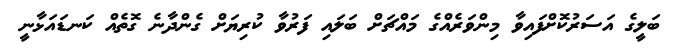
ބަލީގެ އަސަރުކޮށްފައިވާ މިންވަރެއްގެ މައްޗަށް ބަލައި ފަރުވާ ކުރިޔަށް ގެންދާނެ ގޮތެއް ކަނޑައަޅާނީ